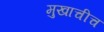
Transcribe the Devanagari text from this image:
मुखाचीच